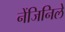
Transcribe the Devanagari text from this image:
नेंजिनिले